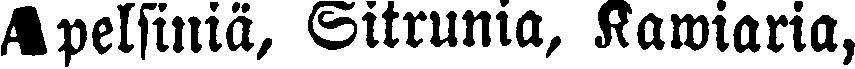
Apelsiniä, Sitrunia, Kawiaria,